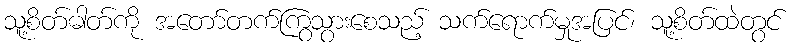
သူ့စိတ်ဓါတ်ကို အတော်တက်ကြွသွားစေသည့် သက်ရောက်မှုအပြင်၊ သူ့စိတ်ထဲတွင်